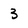
Character: 3